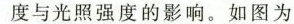
度与光照强度的影响。如图为